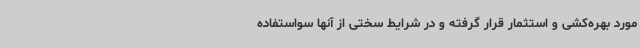
مورد بهره‌کشی و استثمار قرار گرفته و در شرایط سختی از آنها سواستفاده